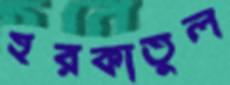
হরকাতুল